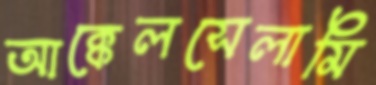
আক্কেলসেলামি